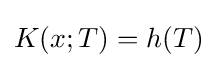
K(x;T)=h(T)